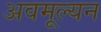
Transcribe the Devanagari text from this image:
अवमूल्‍यन